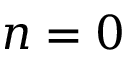
n = 0